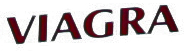
VIAGRA